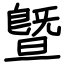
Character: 曁